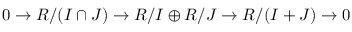
0 \to R / ( I \cap J ) \to R / I \oplus R / J \to R / ( I + J ) \to 0